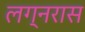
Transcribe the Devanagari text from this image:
लग्नरास